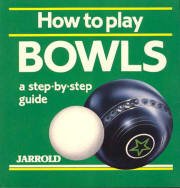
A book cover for How to Play Bowls (Jarrold Sports Series); Sports & Outdoors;